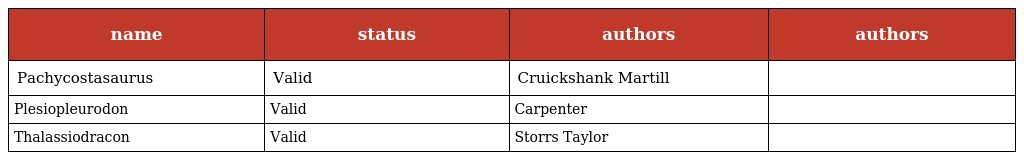
| name | status | authors | authors |
 | --- | --- | --- | --- |
 | Pachycostasaurus | Valid | Cruickshank Martill |  |
 | Plesiopleurodon | Valid | Carpenter |  |
 | Thalassiodracon | Valid | Storrs Taylor |  |